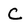
Character: C